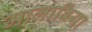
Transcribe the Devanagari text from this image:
मालाविया